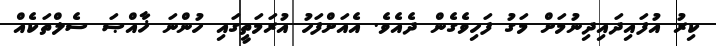
ކިރު އުފައިދައިދިނުމަށް މަގު ފަހިވެގެން ދެއެވެ. އެއަށްފަހު އުރަމަތީގައި ހުންނަ ޚާއްޞަ ސެލްތަކެއް